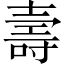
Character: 壽